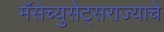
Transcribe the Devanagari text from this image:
मॅसेच्युसेट्सराज्याचे